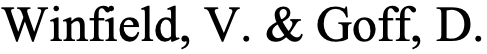
Winfield, V. & Goff, D.